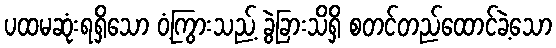
ပထမဆုံးရရှိသော ဝံ့ကြွားသည့် ခွဲခြားသိရှိ စတင်တည်ထောင်ခဲ့သော